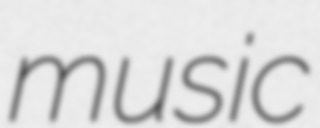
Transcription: music